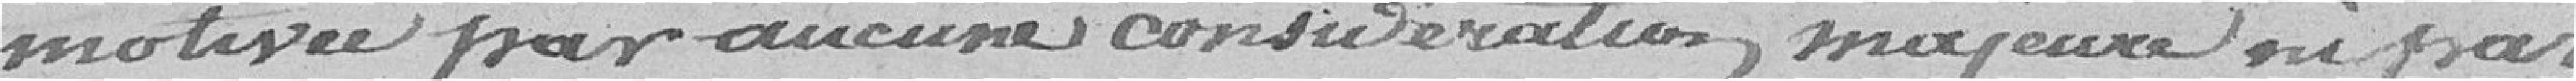
motivée par aucune considération majeure ou par